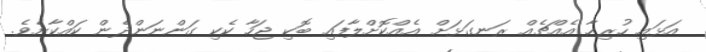
އަޅައި ހުރިހާ އެއްޗެއް ރަނގަޅަށް އެއްކޮށްލާފައި ބޮކި ޖަހާ ކެކި ގަންނަންދެން ކައްކާށެވެ.